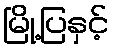
မြို့ပြနှင့်